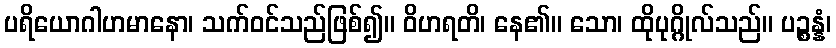
ပရိယောဂါဟမာနော၊ သက်ဝင်သည်ဖြစ်၍။ ဝိဟရတိ၊ နေ၏။ သော၊ ထိုပုဂ္ဂိုလ်သည်။ ပဉ္စန္နံ၊